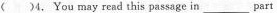
( )4,You may read this passage in_________part